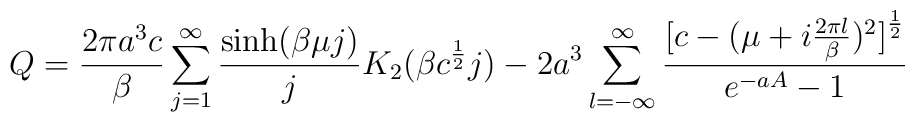
Q = \frac{2\pi a^3 c}{\beta} \sum_{j=1}^{\infty} \frac{\sinh (\beta \mu j)}{j}K_2(\beta c^{1 \over 2} j)- 2a^3 \sum_{l=-\infty}^{\infty}\frac{\bigl[c - ( \mu + i \frac{2\pi l}{\beta} )^2 \bigr]^{1 \over 2} }{ e^{-a A} - 1}